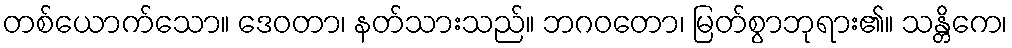
တစ်ယောက်သော။ ဒေဝတာ၊ နတ်သားသည်။ ဘဂဝတော၊ မြတ်စွာဘုရား၏။ သန္တိကေ၊